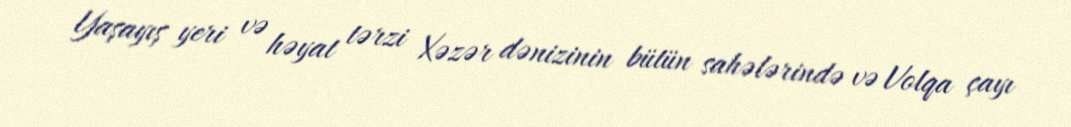
Yaşayış yeri və həyat tərzi Xəzər dənizinin bütün sahələrində və Volqa çayı